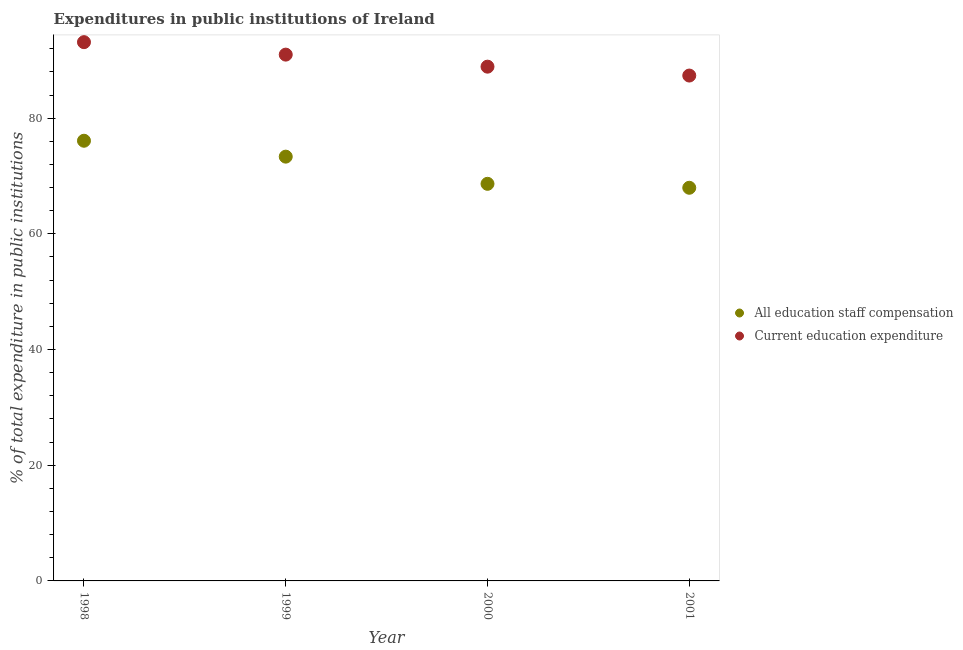
| Year | All education staff compensation | Current education expenditure |
 | --- | --- | --- |
 | 1998 | 76.1 | 93.1 |
 | 1999 | 73.3 | 91 |
 | 2000 | 68.6 | 88.9 |
 | 2001 | 68 | 87.4 |